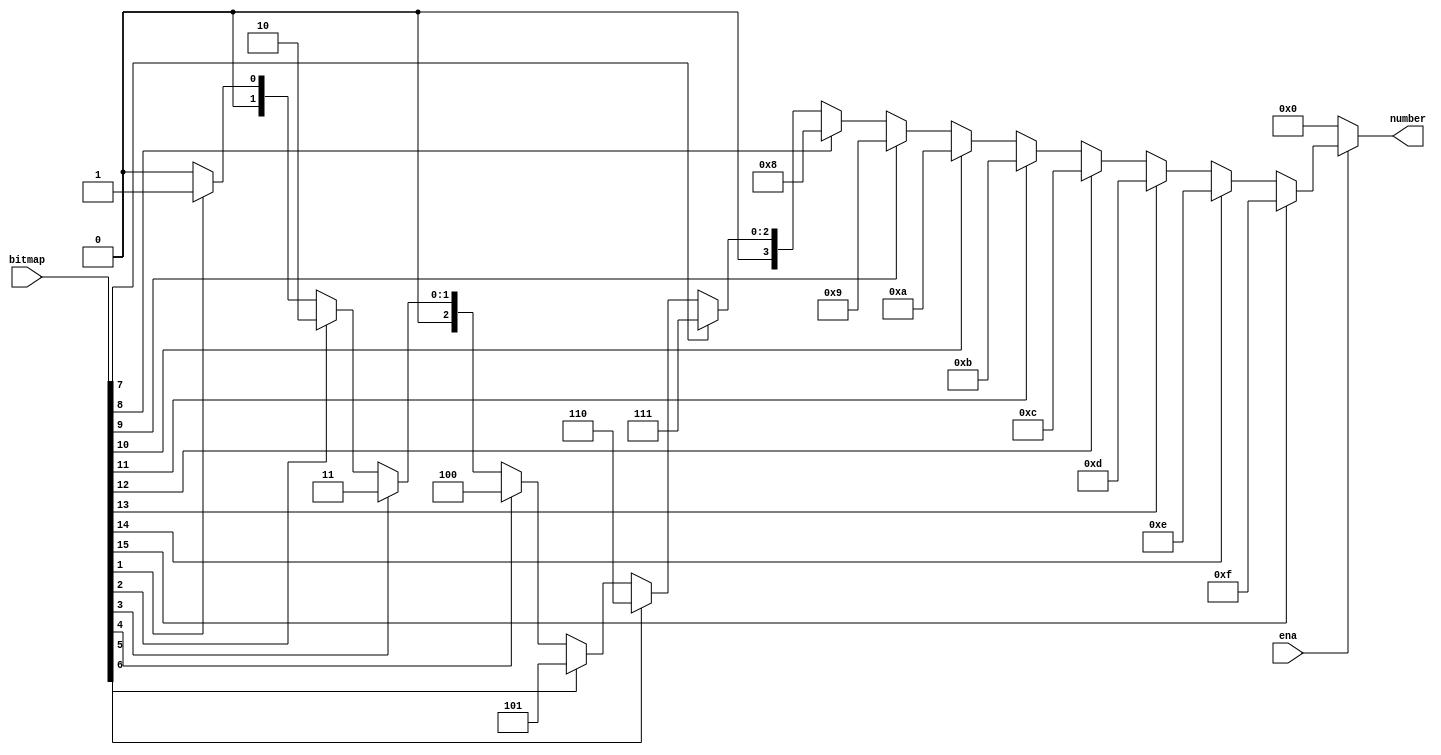
////////////////////////////////////////////////////////////////////////////////
//
// FPGAVN.COM
//
// Description  : This is the encoder from a bitmap to a number.
//
// History (Date, Changed By)
//
////////////////////////////////////////////////////////////////////////////////

module encoder
    (
     ena,
     bitmap,
     number
     );

////////////////////////////////////////////////////////////////////////////////
// Parameter declarations
parameter         NUMW = 4;
parameter         BITW = 2**NUMW;

////////////////////////////////////////////////////////////////////////////////
// Port declarations
input             ena;
input [BITW-1:0]  bitmap;
output [NUMW-1:0] number;

////////////////////////////////////////////////////////////////////////////////
// Local logic and instantiation
integer           i;
reg [NUMW-1:0]    number;
always @(ena or bitmap)
    begin
    number = {NUMW{1'b0}};
    if (ena)
        begin
        for (i = 0; i < BITW; i = i + 1)
            number = bitmap[i] ? i[NUMW-1:0] : number;
        end
    end

endmodule